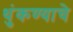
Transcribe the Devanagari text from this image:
थुंकण्याचे